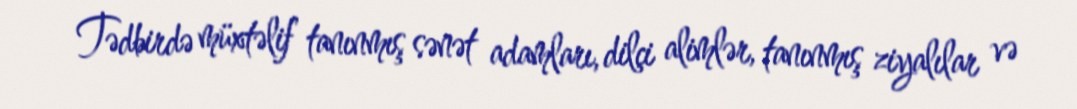
Tədbirdə müxtəlif tanınmış sənət adamları, dilçi alimlər, tanınmış ziyalılar və